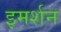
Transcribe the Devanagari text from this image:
इमर्शन